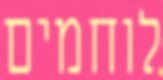
לוחמים